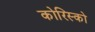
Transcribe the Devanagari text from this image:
कोरिस्को